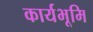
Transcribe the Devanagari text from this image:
कार्यभूमि